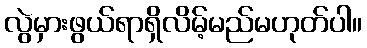
လွဲမှားဖွယ်ရာရှိလိမ့်မည်မဟုတ်ပါ။